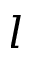
l